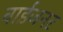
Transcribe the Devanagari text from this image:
वाईजनर